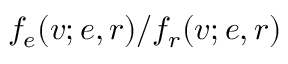
f _ { e } ( v ; e , r ) / f _ { r } ( v ; e , r )